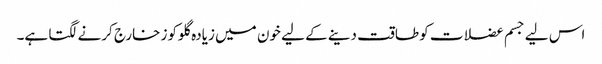
اس لیے جسم عضلات کو طاقت دینے کے لیے خون میں زیادہ گلوکوز خارج کرنے لگتا ہے۔